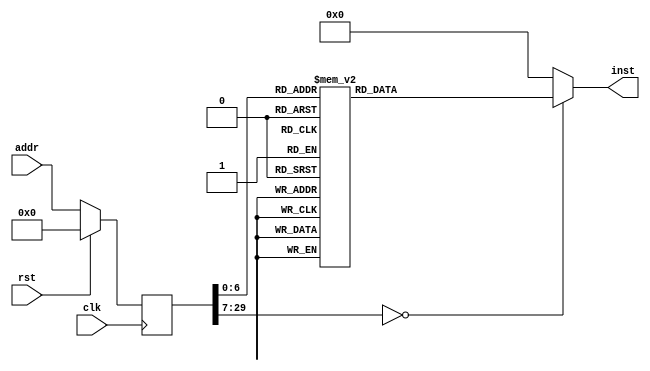
module example(input clk, input rst, input [29:0] addr, output reg [31:0] inst);
reg [29:0] addr_r;
always @(posedge clk)
begin
addr_r <= (rst) ? (30'b0) : (addr);
end
always @(*)
begin
case(addr_r)
30'h00000000: inst = 32'h37070010;
30'h00000001: inst = 32'h13070760;
30'h00000002: inst = 32'hef004000;
30'h00000003: inst = 32'h130707fd;
30'h00000004: inst = 32'h23262702;
30'h00000005: inst = 32'h13010703;
30'h00000006: inst = 32'h13084006;
30'h00000007: inst = 32'h232601ff;
30'h00000008: inst = 32'h0328c1fe;
30'h00000009: inst = 32'h1308481f;
30'h0000000a: inst = 32'h232401ff;
30'h0000000b: inst = 32'h1308803e;
30'h0000000c: inst = 32'h232201ff;
30'h0000000d: inst = 32'h032841fe;
30'h0000000e: inst = 32'h1348f8ff;
30'h0000000f: inst = 32'h232001ff;
30'h00000010: inst = 32'h37080010;
30'h00000011: inst = 32'h1308880f;
30'h00000012: inst = 32'h03483800;
30'h00000013: inst = 32'ha30f01fd;
30'h00000014: inst = 32'h37080010;
30'h00000015: inst = 32'h1308880f;
30'h00000016: inst = 32'h93082004;
30'h00000017: inst = 32'h23021801;
30'h00000018: inst = 32'h37080010;
30'h00000019: inst = 32'h1308880f;
30'h0000001a: inst = 32'h93083004;
30'h0000001b: inst = 32'ha3021801;
30'h0000001c: inst = 32'h37080010;
30'h0000001d: inst = 32'h1308880f;
30'h0000001e: inst = 32'h93084004;
30'h0000001f: inst = 32'h23031801;
30'h00000020: inst = 32'h37080010;
30'h00000021: inst = 32'h1308880f;
30'h00000022: inst = 32'h93085004;
30'h00000023: inst = 32'ha3031801;
30'h00000024: inst = 32'h37080010;
30'h00000025: inst = 32'h1308880f;
30'h00000026: inst = 32'h03484800;
30'h00000027: inst = 32'h230f01fd;
30'h00000028: inst = 32'h37080010;
30'h00000029: inst = 32'h1308880f;
30'h0000002a: inst = 32'h03485800;
30'h0000002b: inst = 32'ha30e01fd;
30'h0000002c: inst = 32'h37080010;
30'h0000002d: inst = 32'h1308880f;
30'h0000002e: inst = 32'h03486800;
30'h0000002f: inst = 32'h230e01fd;
30'h00000030: inst = 32'h37080010;
30'h00000031: inst = 32'h1308880f;
30'h00000032: inst = 32'h03487800;
30'h00000033: inst = 32'ha30d01fd;
30'h00000034: inst = 32'h032881fe;
30'h00000035: inst = 32'h0321c702;
30'h00000036: inst = 32'h13070703;
30'h00000037: inst = 32'h67800000;
30'h00000038: inst = 32'h03000000;
30'h00000039: inst = 32'h02000000;
30'h0000003a: inst = 32'h04000000;
30'h0000003b: inst = 32'h17000000;
30'h0000003c: inst = 32'h20000000;
30'h0000003d: inst = 32'h01000000;
30'h0000003e: inst = 32'h48454c4c;
30'h0000003f: inst = 32'h4f20574f;
30'h00000040: inst = 32'h524c4421;
30'h00000041: inst = 32'h21000000;
default:      inst = 32'h00000000;
endcase
end
endmodule